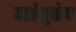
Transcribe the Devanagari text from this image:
यात्रेमुळेच